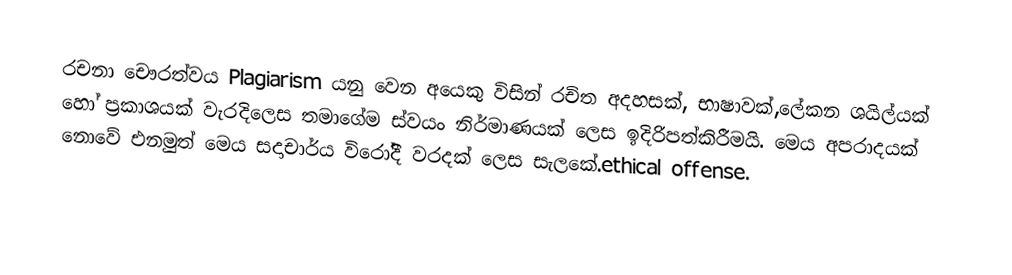
රචනා චෞරත්වය Plagiarism යනු වෙන අයෙකු විසින් රචිත අදහසක්, භාෂාවක්,ලේකන ශයිල්යක් හෝ  ප්‍රකාශයක් වැරදිලෙස තමාගේම ස්වයං නිර්මාණයක් ලෙස ඉදිරිපත්කිරීමයි.  මෙය අපරාදයක් නොවේ එනමුත් මෙය සදාචාර්ය විරෝදී වරදක් ලෙස සැලකේ.ethical offense.